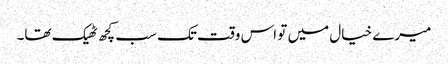
میرے خیال میں تو اس وقت تک سب کچھ ٹھیک تھا۔